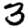
Digit: 3